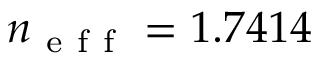
n _ { \mathrm { ~ e ~ f ~ f ~ } } = 1 . 7 4 1 4